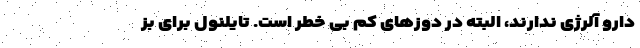
دارو آلرژی ندارند، البته در دوزهای کم بی خطر است. تایلنول برای بز